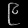
Digit: ၉